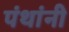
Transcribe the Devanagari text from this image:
पंथांनी